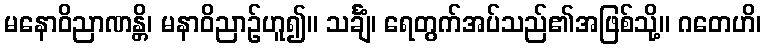
မနောဝိညာဏန္တိ၊ မနာဝိညာဉ်ဟူ၍။ သင်္ချံ၊ ရေတွက်အပ်သည်၏အဖြစ်သို့။ ဂတေဟိ၊